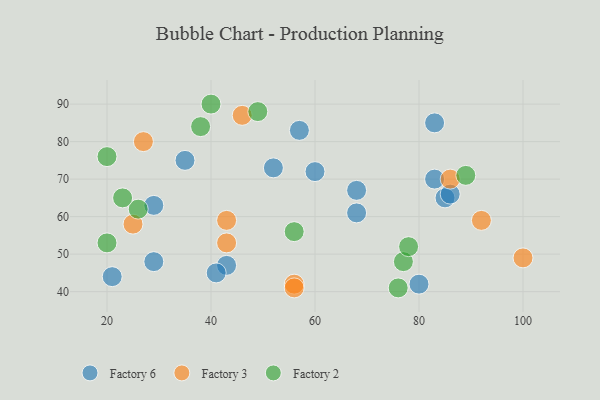
{"axis": {"x": "GDP", "y": "Life Expectancy"}, "legend": ["Factory 2", "Factory 3", "Factory 6"], "data": [{"x": "83", "y": 70, "type": "Factory 6"}, {"x": "68", "y": 67, "type": "Factory 6"}, {"x": "60", "y": 72, "type": "Factory 6"}, {"x": "57", "y": 83, "type": "Factory 6"}, {"x": "85", "y": 65, "type": "Factory 6"}, {"x": "43", "y": 47, "type": "Factory 6"}, {"x": "41", "y": 45, "type": "Factory 6"}, {"x": "83", "y": 85, "type": "Factory 6"}, {"x": "21", "y": 44, "type": "Factory 6"}, {"x": "80", "y": 42, "type": "Factory 6"}, {"x": "86", "y": 66, "type": "Factory 6"}, {"x": "52", "y": 73, "type": "Factory 6"}, {"x": "68", "y": 61, "type": "Factory 6"}, {"x": "29", "y": 63, "type": "Factory 6"}, {"x": "35", "y": 75, "type": "Factory 6"}, {"x": "29", "y": 48, "type": "Factory 6"}, {"x": "25", "y": 58, "type": "Factory 3"}, {"x": "27", "y": 80, "type": "Factory 3"}, {"x": "43", "y": 59, "type": "Factory 3"}, {"x": "56", "y": 42, "type": "Factory 3"}, {"x": "46", "y": 87, "type": "Factory 3"}, {"x": "92", "y": 59, "type": "Factory 3"}, {"x": "56", "y": 41, "type": "Factory 3"}, {"x": "86", "y": 70, "type": "Factory 3"}, {"x": "100", "y": 49, "type": "Factory 3"}, {"x": "43", "y": 53, "type": "Factory 3"}, {"x": "40", "y": 90, "type": "Factory 2"}, {"x": "56", "y": 56, "type": "Factory 2"}, {"x": "77", "y": 48, "type": "Factory 2"}, {"x": "26", "y": 62, "type": "Factory 2"}, {"x": "76", "y": 41, "type": "Factory 2"}, {"x": "78", "y": 52, "type": "Factory 2"}, {"x": "89", "y": 71, "type": "Factory 2"}, {"x": "49", "y": 88, "type": "Factory 2"}, {"x": "20", "y": 76, "type": "Factory 2"}, {"x": "23", "y": 65, "type": "Factory 2"}, {"x": "38", "y": 84, "type": "Factory 2"}, {"x": "20", "y": 53, "type": "Factory 2"}]}